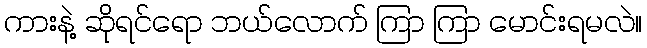
ကားနဲ့ ဆိုရင်ရော ဘယ်လောက် ကြာ ကြာ မောင်းရမလဲ။